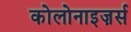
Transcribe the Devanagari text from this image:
कोलोनाइज़र्स